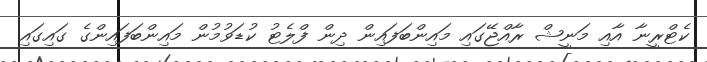
ކެޓްރީނާ އާއި މަނީޝް ރާއްޖޭގައި މައިންބަފައިން ދިން ފްލެޓު ކުޑަވުމުން މައިންބަފައިންގެ ގައިގައި